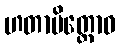
ဟတာမိတ္တောဝ